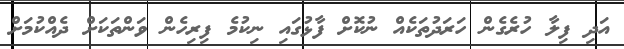
އަދި ފިލާ ހުރެގެން ހަރަދުތަކެއް ނުކޮށް ފާޅުގައި ނިކުމެ ފިރިހެން ވަންތަކަށް ދެއްކުމަށް